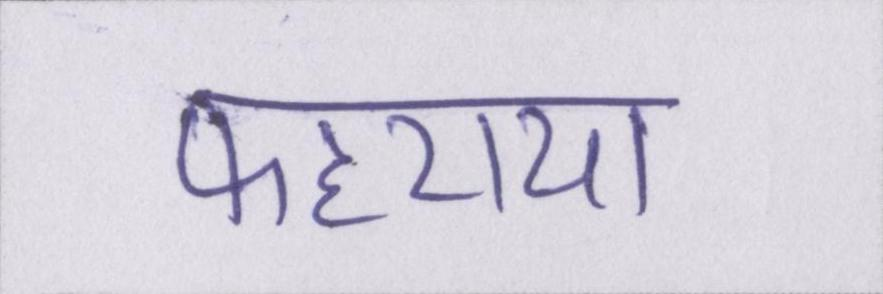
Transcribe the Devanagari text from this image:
फहराया